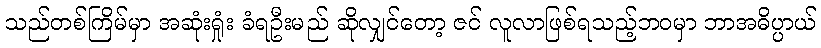
သည်တစ်ကြိမ်မှာ အဆုံးရှုံး ခံရဦးမည် ဆိုလျှင်တော့ ဇင် လူလာဖြစ်ရသည့်ဘဝမှာ ဘာအဓိပ္ပာယ်